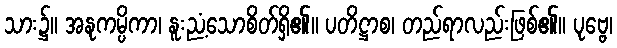
သား၌။ အနုကမ္ပိကာ၊ နူးညံ့သောစိတ်ရှိ၏။ ပတိဋ္ဌာစ၊ တည်ရာလည်းဖြစ်၏။ ပုဗ္ဗေ၊